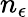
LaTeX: n_{\epsilon}